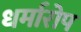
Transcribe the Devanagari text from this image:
धर्मारोप